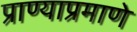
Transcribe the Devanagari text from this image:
प्राण्याप्रमाणे